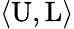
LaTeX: \langle{\mathrm{U}},{\mathrm{L}}\rangle